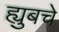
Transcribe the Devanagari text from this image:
ह्युबचे